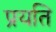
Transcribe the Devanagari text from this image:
प्रयति